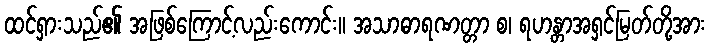
ထင်ရှားသည်၏ အဖြစ်ကြောင့်လည်းကောင်း။ အသာဓာရဏတ္တာ စ၊ ရဟန္တာအရှင်မြတ်တို့အား